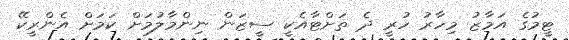
ޓީމުގެ އަމާޒު މިހާރު ހުރީ ދެ ތަށްޓާއެކީ ސީޒަން ނިންމާލުމަށް ކަމަށް އެންރީކޭ